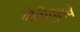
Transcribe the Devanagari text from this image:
मोतीचुराचे